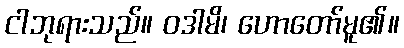
ငါဘုရားသည်။ ဝဒါမိ၊ ဟောတော်မူ၏။